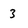
Character: 3